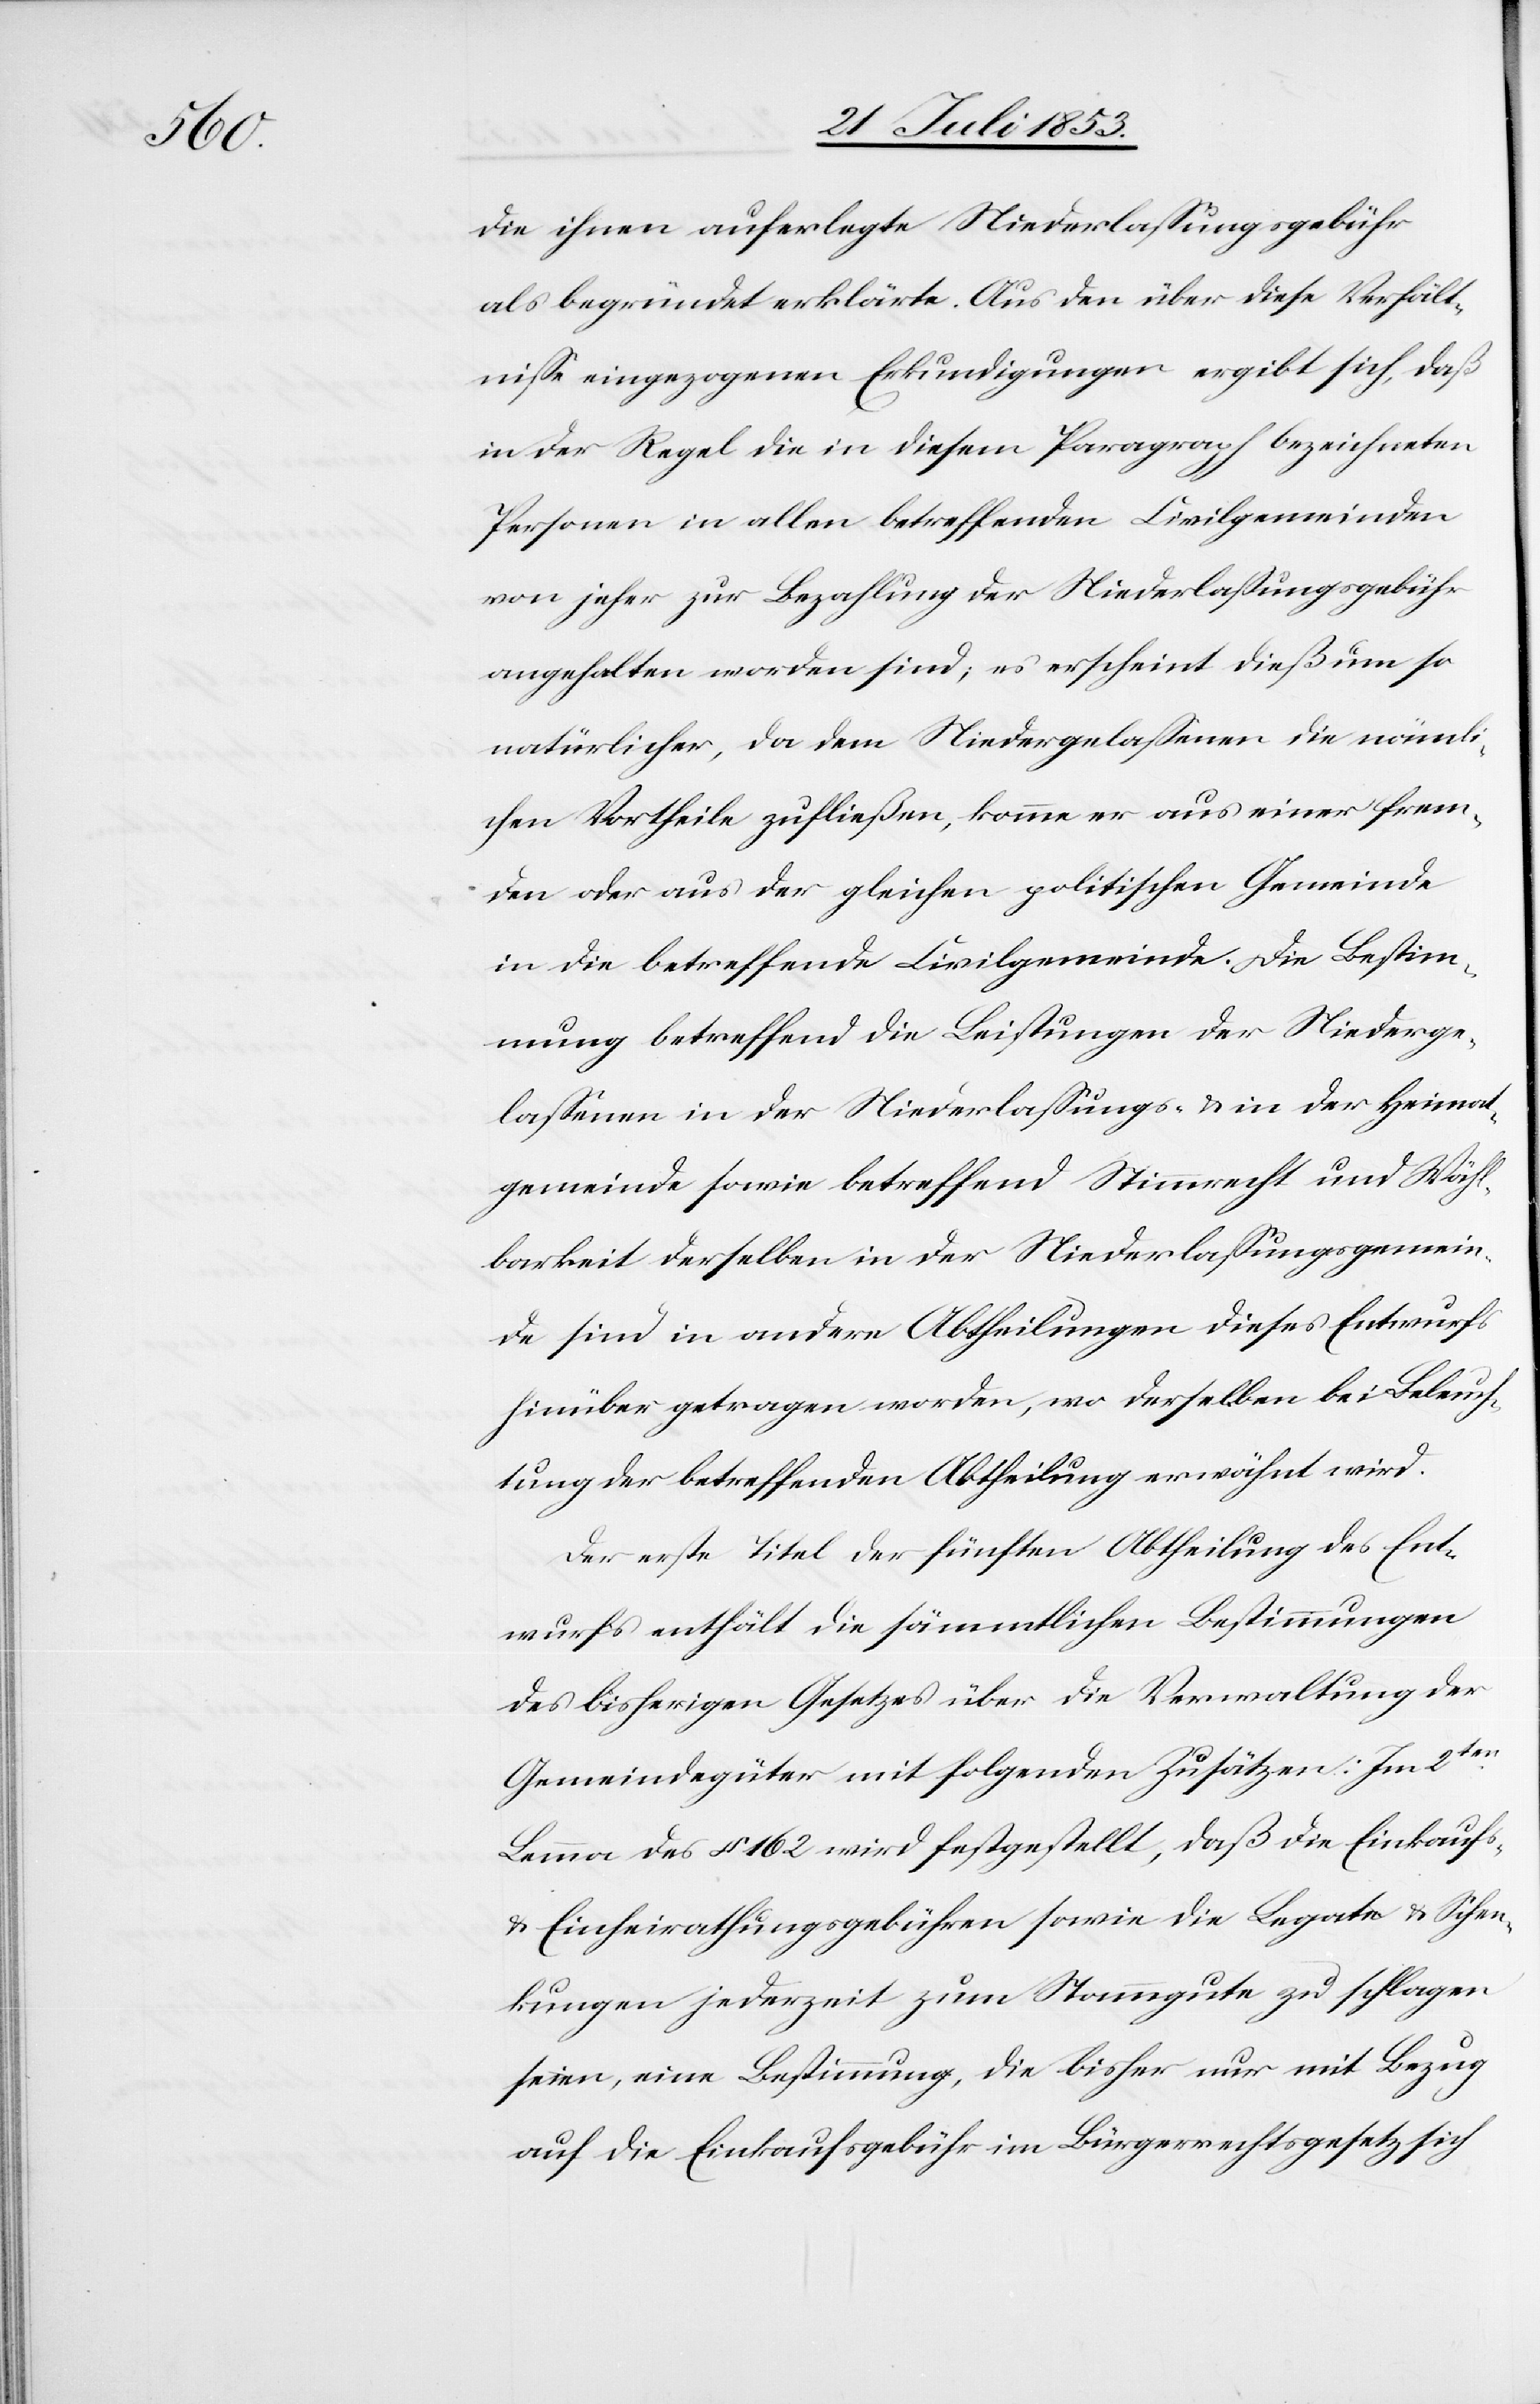
die ihnen auferlegte Niederlaßungsgebühr
als begründet erklärte. Aus den über diese Verhält¬
niße eingezogenen Erkundigungen ergibt sich, daß
in der Regel die in diesem Paragraph bezeichneten
Personen in allen betreffenden Civilgemeinden
von jeher zur Bezahlung der Niederlaßungsgebühr
angehalten worden sind, es erscheint dieß um so
natürlicher, da dem Niedergelaßenen die nämli¬
chen Vortheile zufließen, komme er aus einer frem¬
den oder aus der gleichen politischen Gemeinde
in die betreffende Civilgemeinde. Die Bestim¬
mung betreffend die Leistungen der Niederge¬
laßenen in der Niederlaßungs- u. in der Heimat¬
gemeinde sowie betreffend Stimmrecht und Wähl¬
barkeit derselben in der Niederlaßungsgemein¬
de sind in andern Abtheilungen dieses Entwurfs
hinüber getragen worden, wo derselben bei Beleuch¬
tung der betreffenden Abtheilungen erwähnt wird.
Der erste Titel der fünften Abtheilung des Ent¬
wurfs enthält die sämmtlichen Bestimmungen
des bisherigen Gesetzes über die Verwaltung der
Gemeindsgüter mit folgenden Zusätzen: Im 2ten.
Lemma des § 162 wird festgestellt, daß die Einkaufs-
u. Einheirathungsgebühren sowie die Legate u. Schen¬
kungen jederzeit zum Stammgute zu schlagen
seien, eine Bestimmung, die bisher nur mit Bezug
auf die Einkaufsgebühr im Bürgerrechtsgesetz sich